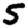
Digit: 5